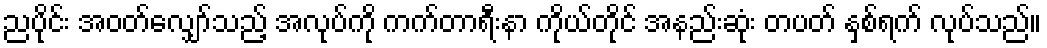
ညပိုင်း အဝတ်လျှော်သည့် အလုပ်ကို ကက်တာရီးနာ ကိုယ်တိုင် အနည်းဆုံး တပတ် နှစ်ရက် လုပ်သည်။